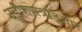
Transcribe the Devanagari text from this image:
उतीशास्त्रानुसार